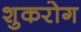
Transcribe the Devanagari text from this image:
शुकरोग